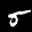
Label: 5